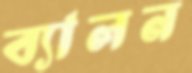
ব্যালন